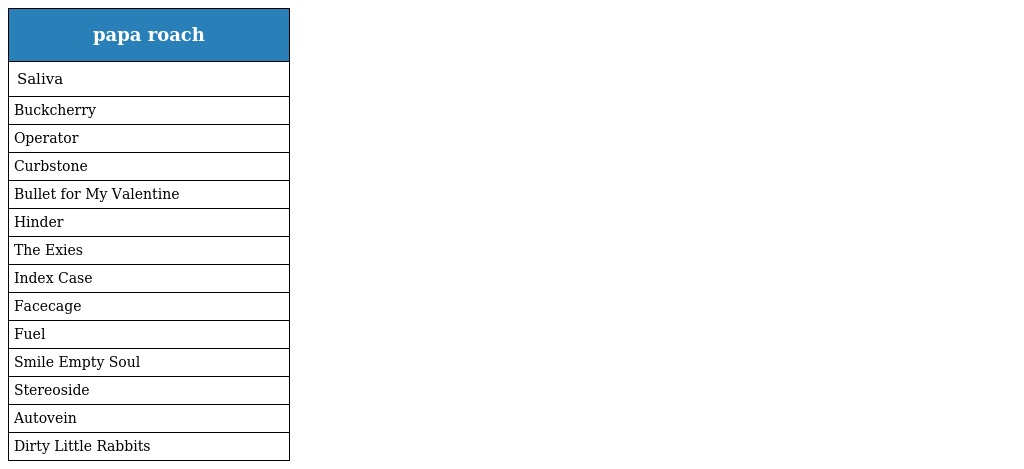
| papa roach |
 | --- |
 | Saliva |
 | Buckcherry |
 | Operator |
 | Curbstone |
 | Bullet for My Valentine |
 | Hinder |
 | The Exies |
 | Index Case |
 | Facecage |
 | Fuel |
 | Smile Empty Soul |
 | Stereoside |
 | Autovein |
 | Dirty Little Rabbits |